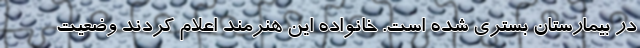
در بیمارستان بستری شده‌ است. خانواده این هنرمند اعلام کردند وضعیت